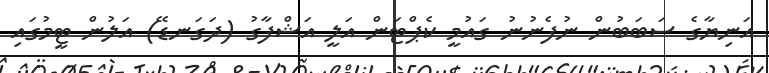
އަނިޔާގެ ސަބަބުން ނުފެނުނު ގައުމީ ކެޕްޓަން އަލީ އަޝްފާގު (ދަގަނޑޭ) އަލުން ޓީމުގައި